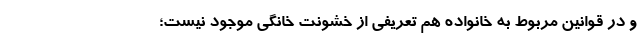
و در قوانین مربوط به خانواده هم تعریفی از خشونت خانگی موجود نیست؛